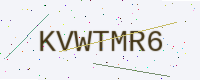
Text: KVWTMR6